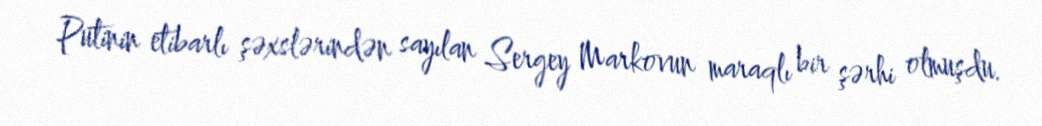
Putinin etibarlı şəxslərindən sayılan Sergey Markovun maraqlı bir şərhi olmuşdu.